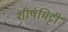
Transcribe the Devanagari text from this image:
शीर्षमिट्टी